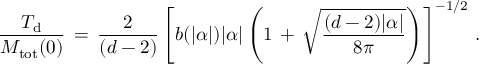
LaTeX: \frac { T _ { \mathrm { d } } } { M _ { \mathrm { t o t } } ( 0 ) } \, = \, \frac { 2 } { ( d - 2 ) } \left[ b ( | \alpha | ) | \alpha | \left( 1 \, + \, \sqrt { \frac { ( d - 2 ) | \alpha | } { 8 \pi } } \right) \right] ^ { - 1 / 2 } \, { . }